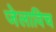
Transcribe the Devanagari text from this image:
जेलाविच